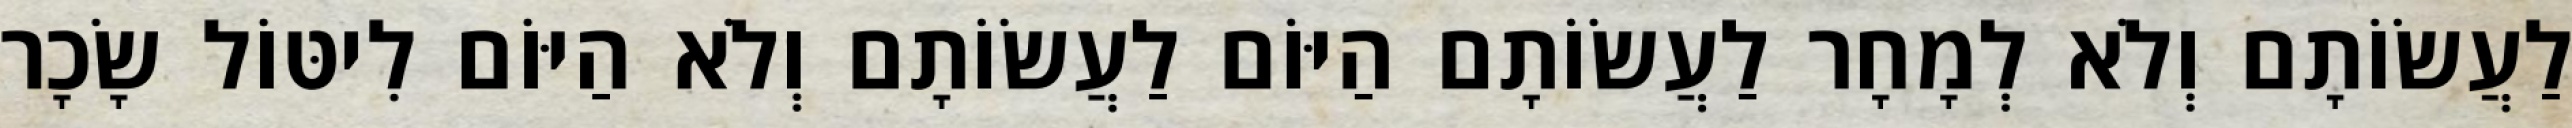
לַעֲשׂוֹתָם וְלֹא לְמָחָר לַעֲשׂוֹתָם הַיּוֹם לַעֲשׂוֹתָם וְלֹא הַיּוֹם לִיטּוֹל שָׂכָר